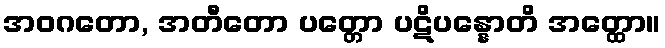
အဝဂတော, အတီတော ပတ္တော ပဋိပန္နောတိ အတ္ထော။